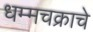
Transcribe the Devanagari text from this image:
धम्मचक्राचे